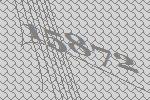
15872